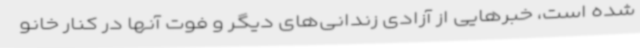
شده است، خبرهایی از آزادی زندانی‌های دیگر و فوت آنها در کنار خانو